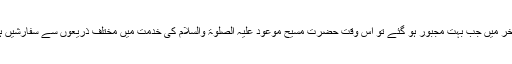
پھر آخر میں جب بہت مجبور ہو گئے تو اس وقت حضرت مسیح موعود علیہ الصلوٰۃ والسلام کی خدمت میں مختلف ذریعوں سے سفارشیں ہوئیں۔